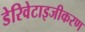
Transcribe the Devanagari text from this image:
डेरिवेटाइजीकरण